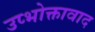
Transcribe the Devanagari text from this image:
उप्भोक्तावाद